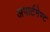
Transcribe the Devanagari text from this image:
अपार्टमेण्ट